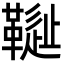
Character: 𩌳